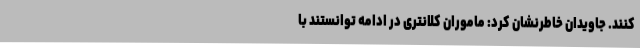
کنند. جاویدان خاطرنشان کرد: ماموران کلانتری در ادامه توانستند با